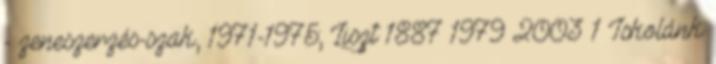
- zeneszerzés-szak, 1971-1975; Liszt 1887 1979 2003 1 Iskolánk